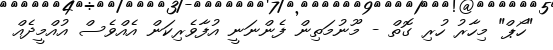
"ހޯޕް" މިހާރު ހުރި ގޮތް - މޫނުމަތިން ފެންނަނީ އުފާވެރިކަން އެއްވެސް އުއްމީދެއް